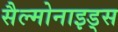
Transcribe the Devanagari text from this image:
सैल्मोनाइड्स